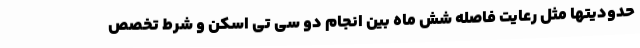
حدودیتها مثل رعایت فاصله شش ماه بین انجام دو سی تی اسکن و شرط تخصص